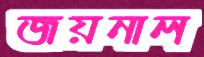
জয়নাল